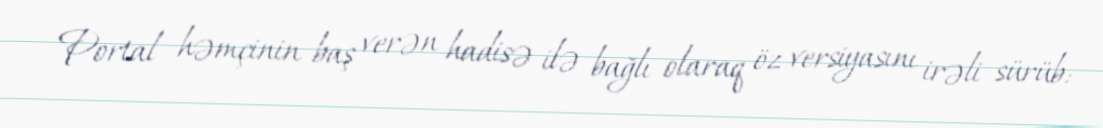
Portal həmçinin baş verən hadisə ilə bağlı olaraq öz versiyasını irəli sürüb: